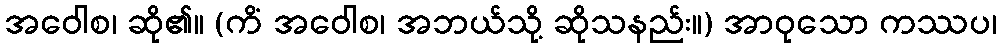
အဝေါစ၊ ဆို၏။ (ကိံ အဝေါစ၊ အဘယ်သို့ ဆိုသနည်း။) အာဝုသော ကဿပ၊